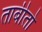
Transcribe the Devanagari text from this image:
ताबीतो